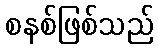
စနစ်ဖြစ်သည်